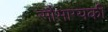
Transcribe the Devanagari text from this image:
सौभाग्यकी